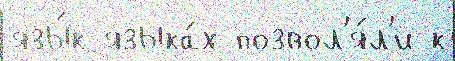
язы́к языка́х позвол'я́л'и к